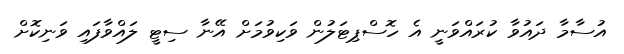
އުސާމާ ދައުވާ ކުރައްވަނީ އެ ހޮސްޕިޓަލުން ވަކިވުމަށް އޭނާ ސިޓީ ލައްވާފައި ވަނިކޮށް